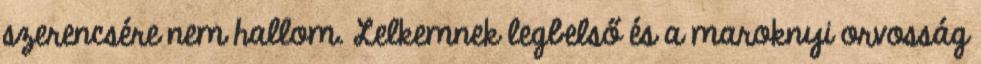
szerencsére nem hallom. Lelkemnek legbelső és a maroknyi orvosság